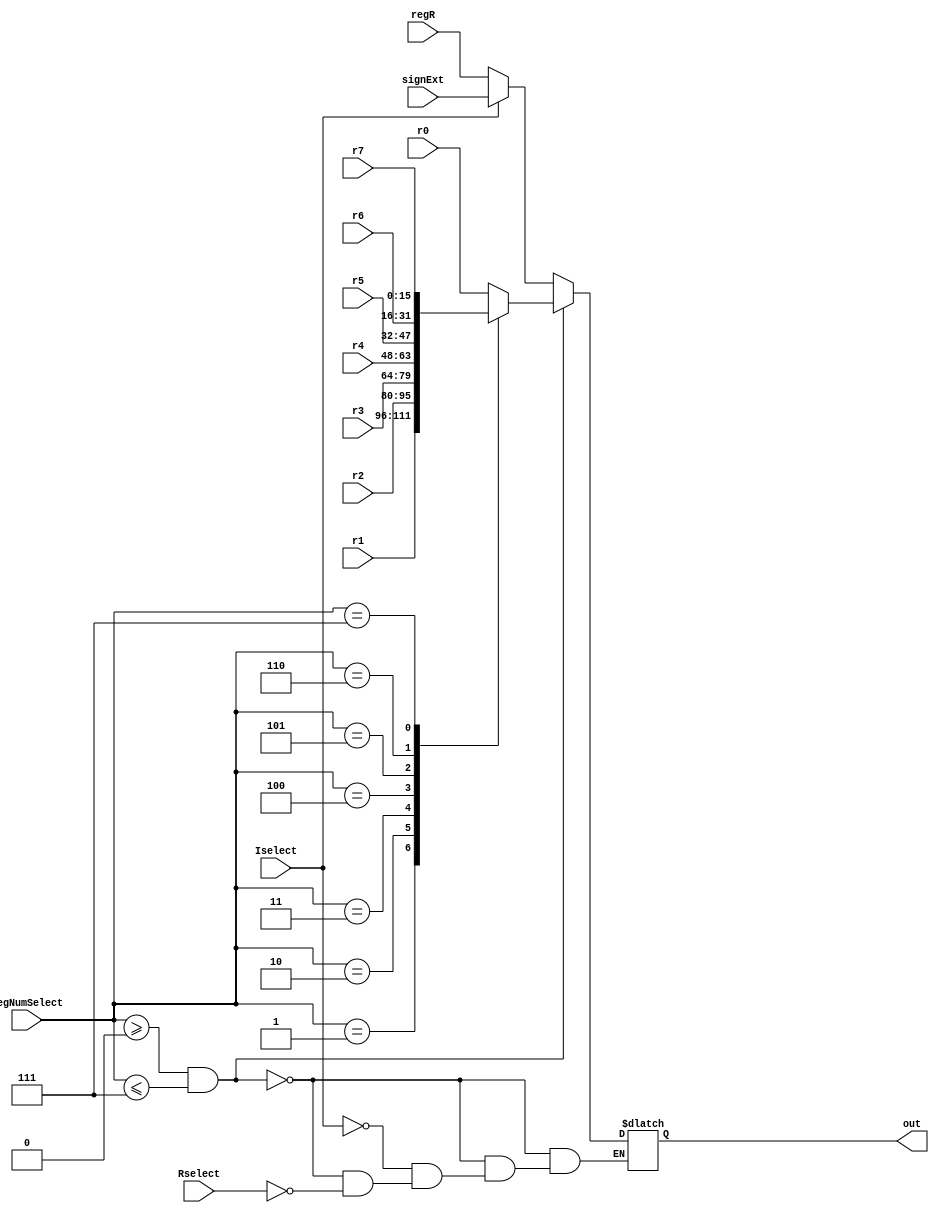
module Multiplexador(r0, r1, r2, r3, r4, r5, r6, r7,
					 regNumSelect, Rselect, Iselect,
					 signExt, regR, out);
	
	input Rselect, Iselect;
	input[15:0] r0, r1, r2, r3, r4, r5, r6, r7, signExt, regR;
	input[2:0] regNumSelect;
	output[15:0] out;
	
	reg[15:0] aux;

	always @(regNumSelect, Iselect, Rselect) begin
		if (regNumSelect >= 0 && regNumSelect <= 7) begin
			case(regNumSelect)
				3'b000: aux = r0;
				3'b001: aux = r1;
				3'b010: aux = r2;
				3'b011: aux = r3;
				3'b100: aux = r4;
				3'b101: aux = r5;
				3'b110: aux = r6;
				3'b111: aux = r7;
			endcase
		end
		else begin
			if (Rselect) begin
				aux = regR;
			end

			if (Iselect) begin
				aux = signExt;
			end
		end
	end

	assign out = aux;
endmodule